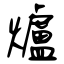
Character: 爐